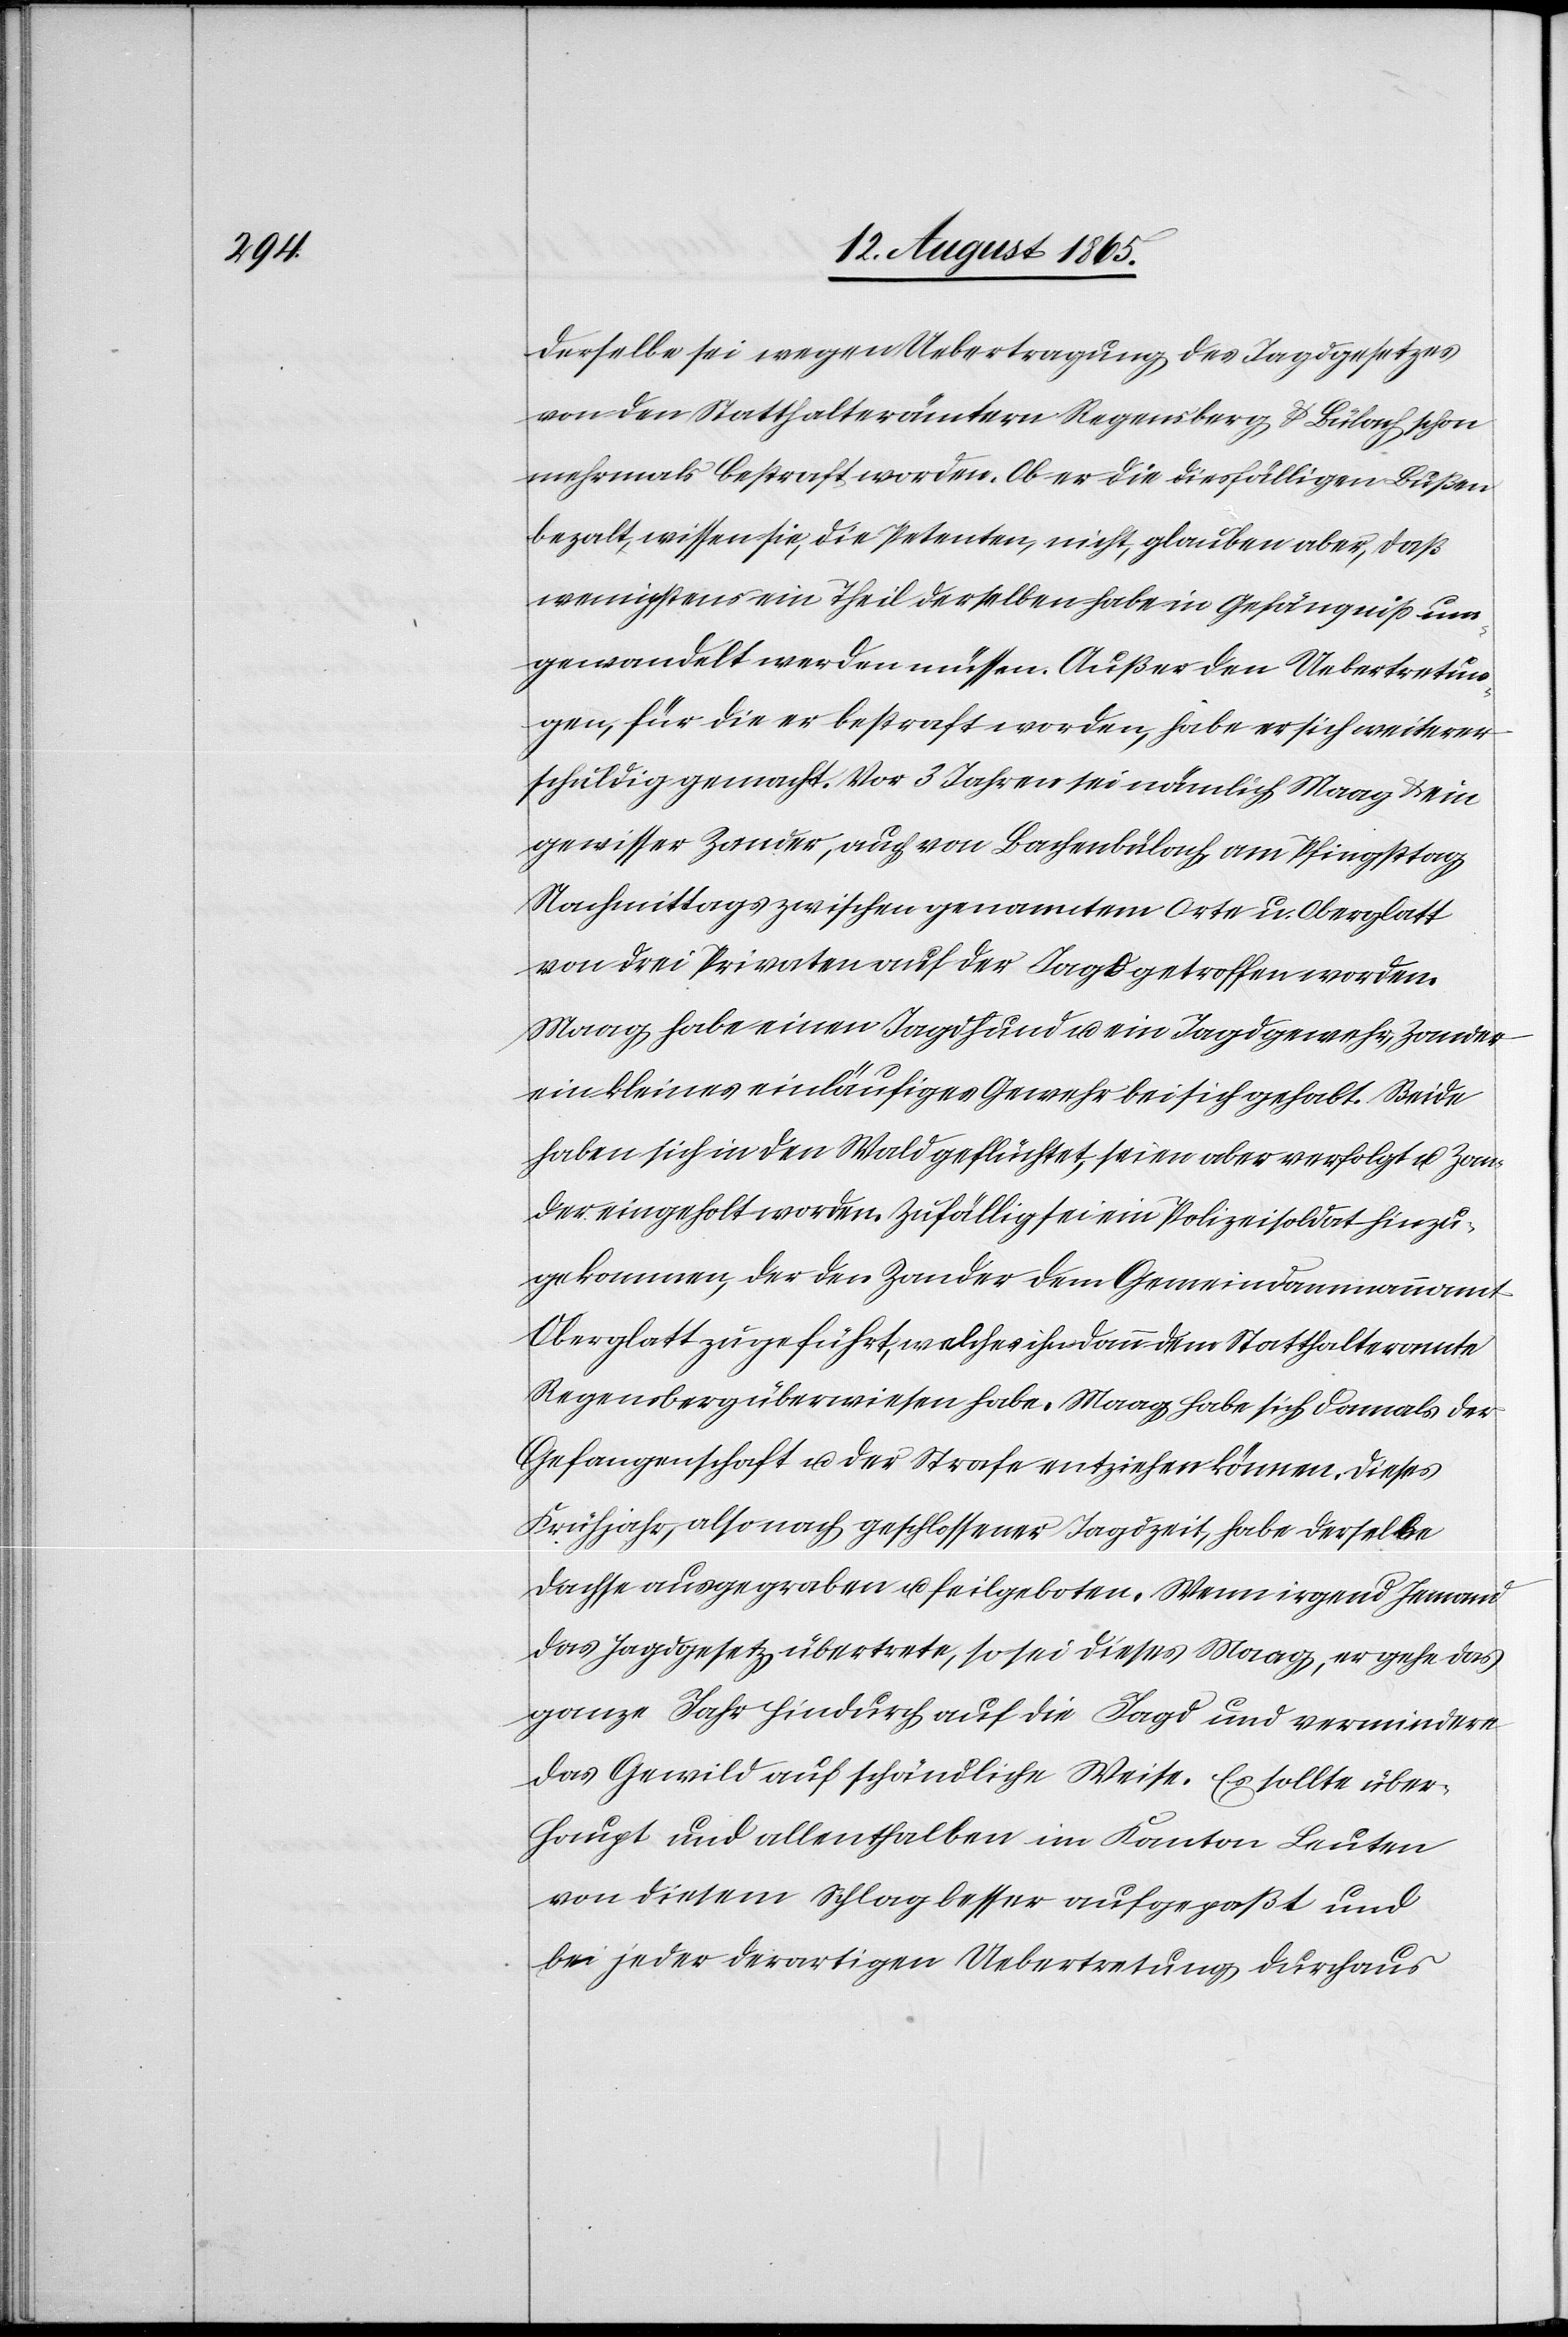
derselbe sei wegen Uebertragung [sic!] des Jagdgesetzes
von den Statthalterämtern Regensberg u. Bülach schon
mehrmals bestraft worden. Ob er die diesfälligen Bußen
bezahlt, wissen sie, die Petenten, nicht, glauben aber, daß
wenigstens ein Theil derselben habe in Gefängiß um¬
gewandelt werden müssen. Außer den Uebertretun¬
gen, für die er bestraft worden, habe er sich weiterer
schuldig gemacht. Vor 3 Jahren sei nämlich Maag u. ein
gewisser Zander, auch von Bachenbülach am Pfingsttag
Nachmittags zwischen genanntem Orte u. Oberglatt
von drei Privaten auf der Jagd getroffen worden.
Maag habe einen Jagdhund u. ein Jagdgewehr, Zander
ein kleines einläufiges Gewehr bei sich gehabt. Beide
haben sich in den Wald geflüchtet, seien aber verfolgt u. Zan¬
der eingeholt worden. Zufällig sei ein Polizeisoldat hinzu¬
gekommen, der den Zander dem Gemeindammannamt
Oberglatt zugeführt, welches in dann dem Statthalteramte
Regensberg überwiesen habe. Maag habe sich damals der
Gefangenschaft u. der Strafe entziehen können. Dieses
Frühjahr, also nach geschlossener Jagdzeit, habe derselbe
Dachse ausgegraben u. feilgeboten. Wenn irgend Jemand
das Jagdgesetz übertrete, so sei dieses Maag, er gehe das
ganze Jahr hindurch, auf die Jagd und vermindere
das Gewild auf schändliche Weise. Es sollte über¬
haupt und allenthalben im Kanton Leuten
von diesem Schlag besser aufgepaßt und
bei jeder derartigen Uebertretung durchaus